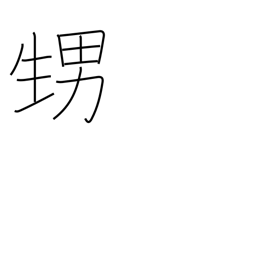
Meaning: nephew